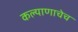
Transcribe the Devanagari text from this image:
कल्याणाचेच